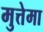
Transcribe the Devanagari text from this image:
मुत्तेमा